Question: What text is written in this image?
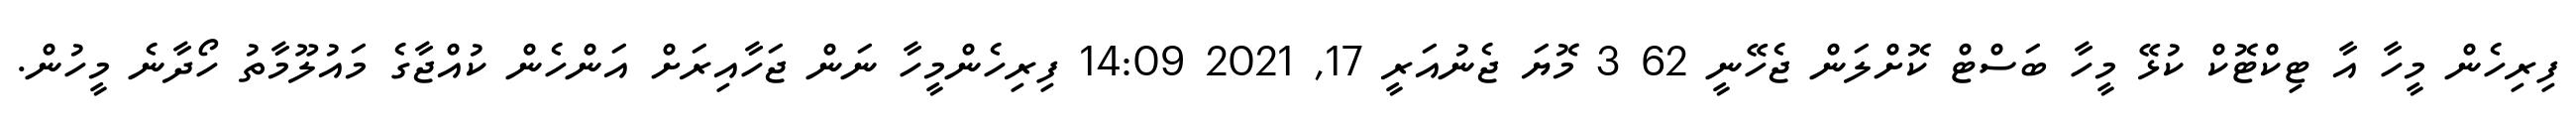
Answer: ފިރިހެން މީހާ އާ ޓިކްޓޮކް ކުޅޭ މީހާ ބަސްޓް ކޮށްލަން ޖެހޭނީ 62 3 މޮޔަ ޖެނުއަރީ 17, 2021 14:09 ފިރިހެންމީހާ ނަން ޖަހާއިރަށް އަންހެން ކުއްޖާގެ މައުލޫމާތު ހޯދާނެ މީހުން.